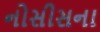
નોસીસના